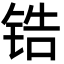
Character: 锆